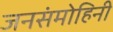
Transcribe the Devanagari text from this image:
जनसंमोहिनी